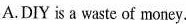
A.DIY is a waste of money.